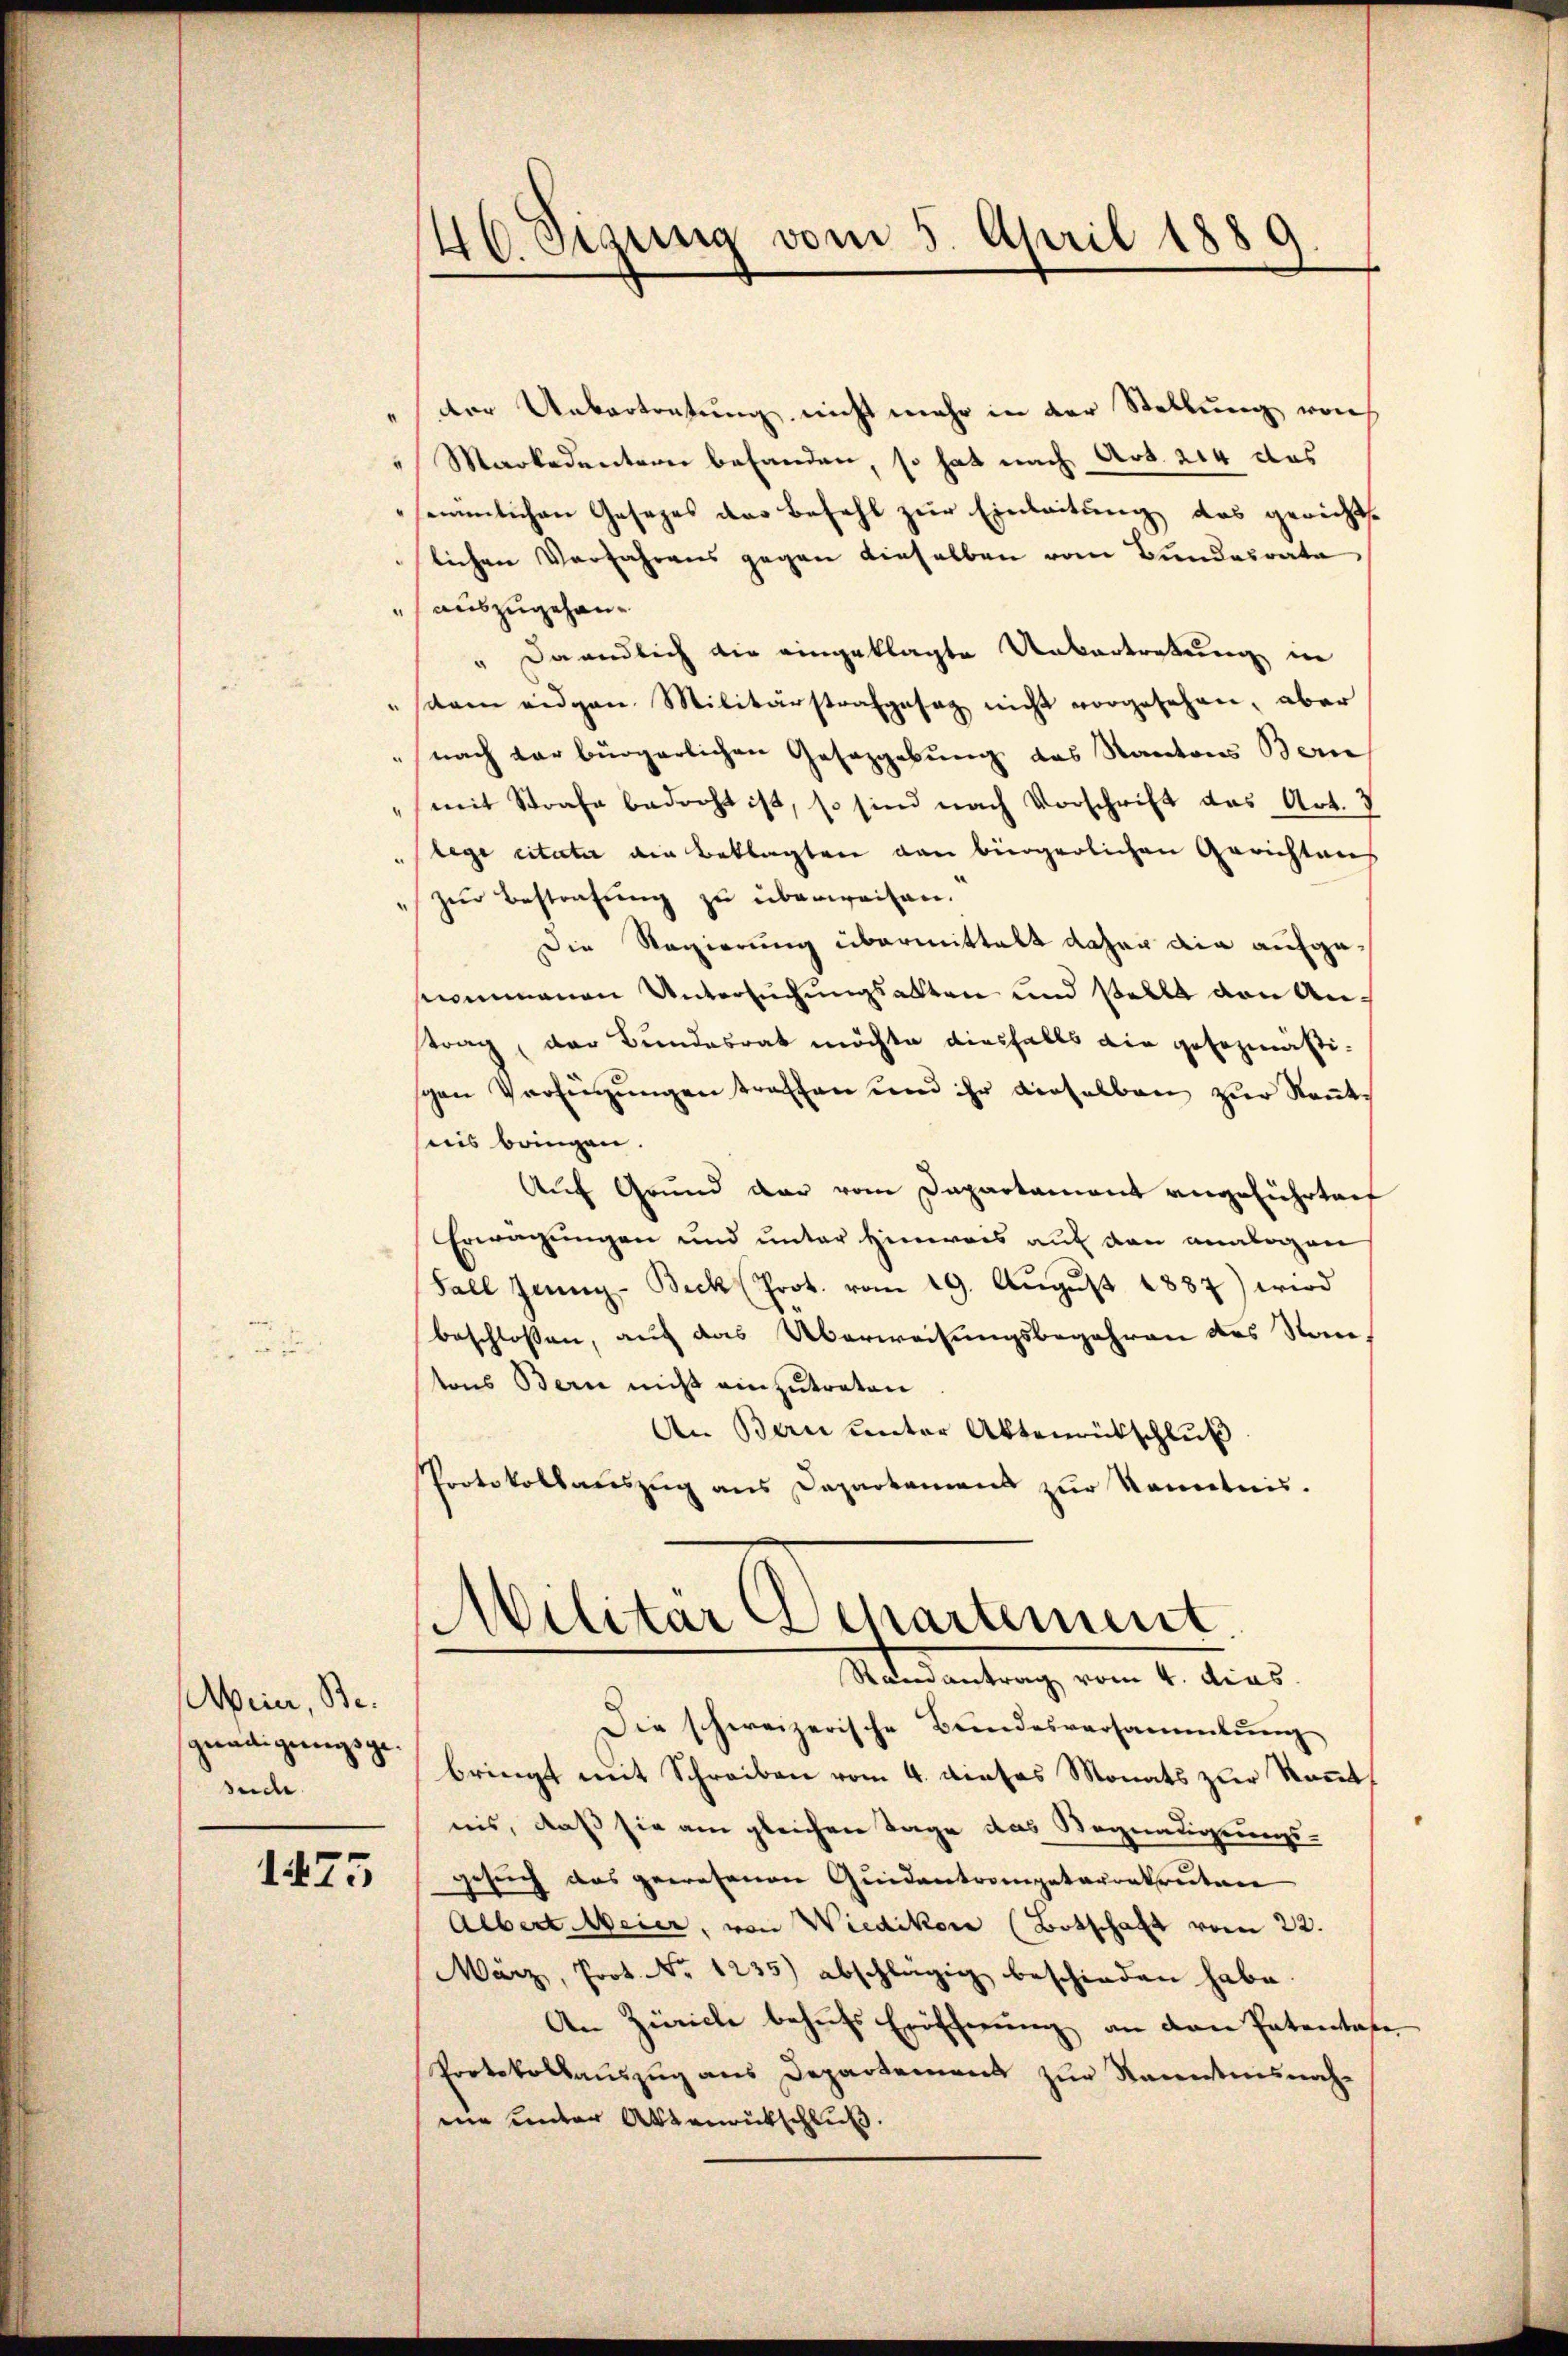
Meier, Besuche.

1475

46 Sizung vom 5. April 1889

der Uebertretung nicht mehr in der Stellung von
 Markedentern behanden, so hat nach Art. 214 das
seimlichen Gesezes das Befehl zur Einleitung das gerichtslichen Verfahrens gegen dieselben vom Bundesrate
" auszugehen¬
" Daendlich die eingeklagte Untertretung in
"skam eidgen. Militärstrafgesag nicht vorgesehen, aber
" nach der bürgerlichen Gesetzgebung des Kantons Bern
mit Strafe bedroht ist, so sind nach Vorschrift das Art. 3
lege citater die Beklagten von bürgerlichen Gerichtens
" zur Bestrafung zu überweisen.
Die Regierung übermittelt daher ain aufgesommenen Untersuchungsalten und stelle von Antrag, der Bundesrat möchte diesfalls die gesezmäßigen Verfügŭngen traffen und ihr derselben zŭr Kant
suis bringen.
Auf Grund dar vom Dapartament angeführtenf
Erwägungen und unter Hinweis auf den analogen
Fall Jenny- Beck (Prot. vom 19. Aŭgŭst 1887) wird
beschlossen, auf das Überweisungsbegehren des Stantons Bern nicht einzutreten
An Bern unter Aktenrütschlŭβ
Protokollauszug aus Departamens zur Kenntnis.
Militär Departement.
Randantrag vom 4. dies
Die schweizerische Bundesversammlung
gnadigung bringt mit Schreiben vom 4. dieses Monats zur Kennt,
nis, daß sie am gleichen Tage das Begnadigungs-
gesuch das gewesenen Quidantrompetarenkruten
Albert Weier, von Wiedikon (Botschaft vom 22.
März, Prot. No 1235) abschlägig beschieden habe.
An Zürich behufs Eröffnung an den Patentafe
Protokollauszug aus Departemons zur Kenntnisnahnie unter Aktenrütschluß.